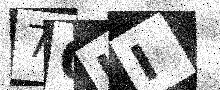
Text: 70II